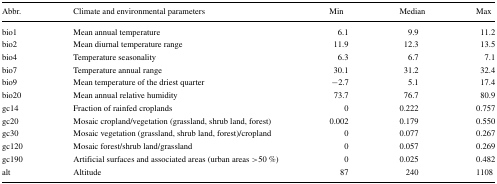
<table><thead><tr><td><b>Abbr.</b></td><td><b>Climate and environmental parameters</b></td><td><b>Min</b></td><td><b>Median</b></td><td><b>Max</b></td></tr></thead><tbody><tr><td>bio1</td><td>Mean annual temperature</td><td>6.1</td><td>9.9</td><td>11.2</td></tr><tr><td>bio2</td><td>Mean diurnal temperature range</td><td>11.9</td><td>12.3</td><td>13.5</td></tr><tr><td>bio4</td><td>Temperature seasonality</td><td>6.3</td><td>6.7</td><td>7.1</td></tr><tr><td>bio7</td><td>Temperature annual range</td><td>30.1</td><td>31.2</td><td>32.4</td></tr><tr><td>bio9</td><td>Mean temperature of the driest quarter</td><td>-2.7</td><td>5.1</td><td>17.4</td></tr><tr><td>bio20</td><td>Mean annual relative humidity</td><td>73.7</td><td>76.7</td><td>80.9</td></tr><tr><td>gc14</td><td>Fraction of rainfed croplands</td><td>0</td><td>0.222</td><td>0.757</td></tr><tr><td>gc20</td><td>Mosaic cropland/vegetation (grassland, shrub land, forest)</td><td>0.002</td><td>0.179</td><td>0.550</td></tr><tr><td>gc30</td><td>Mosaic vegetation (grassland, shrub land, forest)/cropland</td><td>0</td><td>0.077</td><td>0.267</td></tr><tr><td>gc120</td><td>Mosaic forest/shrub land/grassland</td><td>0</td><td>0.057</td><td>0.269</td></tr><tr><td>gc190</td><td>Artificial surfaces and associated areas (urban areas &gt;50 %)</td><td>0</td><td>0.025</td><td>0.482</td></tr><tr><td>alt</td><td>Altitude</td><td>87</td><td>240</td><td>1108</td></tr></tbody></table>